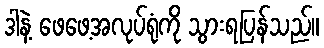
ဒါနဲ့ ဖေဖေ့အလုပ်ရုံကို သွားရပြန်သည်။